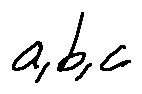
a , b , c